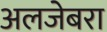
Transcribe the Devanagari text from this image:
अलजेबरा